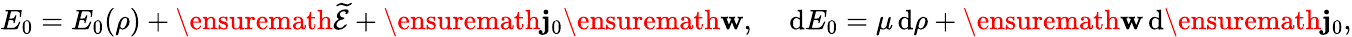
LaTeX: E_{0}=E_{0}(\rho)+\ensuremath{\widetilde{\mathcal{E}}}+\ensuremath{\mathbf{j}_{0}}\ensuremath{\mathbf{w}},\quad\, \mathrm{d}E_{0}=\mu\, \mathrm{d}\rho+\ensuremath{\mathbf{w}}\, \mathrm{d}\ensuremath{\mathbf{j}_{0}},